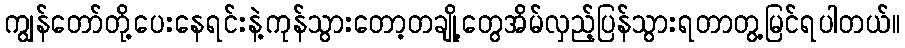
ကျွန်တော်တို့ပေးနေရင်းနဲ့ကုန်သွားတော့တချို့တွေအိမ်လှည့်ပြန်သွားရတာတွ့မြင်ရပါတယ်။